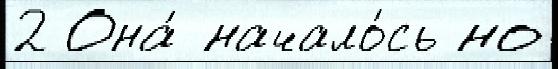
2 Она́ начало́сь но